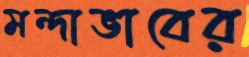
মন্দাভাবের